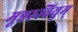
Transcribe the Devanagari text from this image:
मून्नरुवियुम्